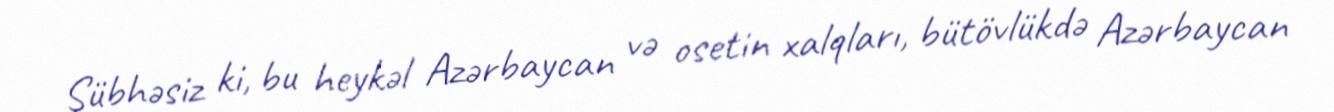
Şübhəsiz ki, bu heykəl Azərbaycan və osetin xalqları, bütövlükdə Azərbaycan